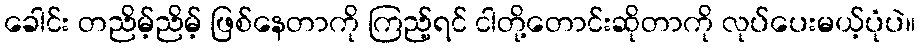
ခေါင်း တညိမ့်ညိမ့် ဖြစ်နေတာကို ကြည့်ရင် ငါတို့တောင်းဆိုတာကို လုပ်ပေးမယ့်ပုံပဲ။